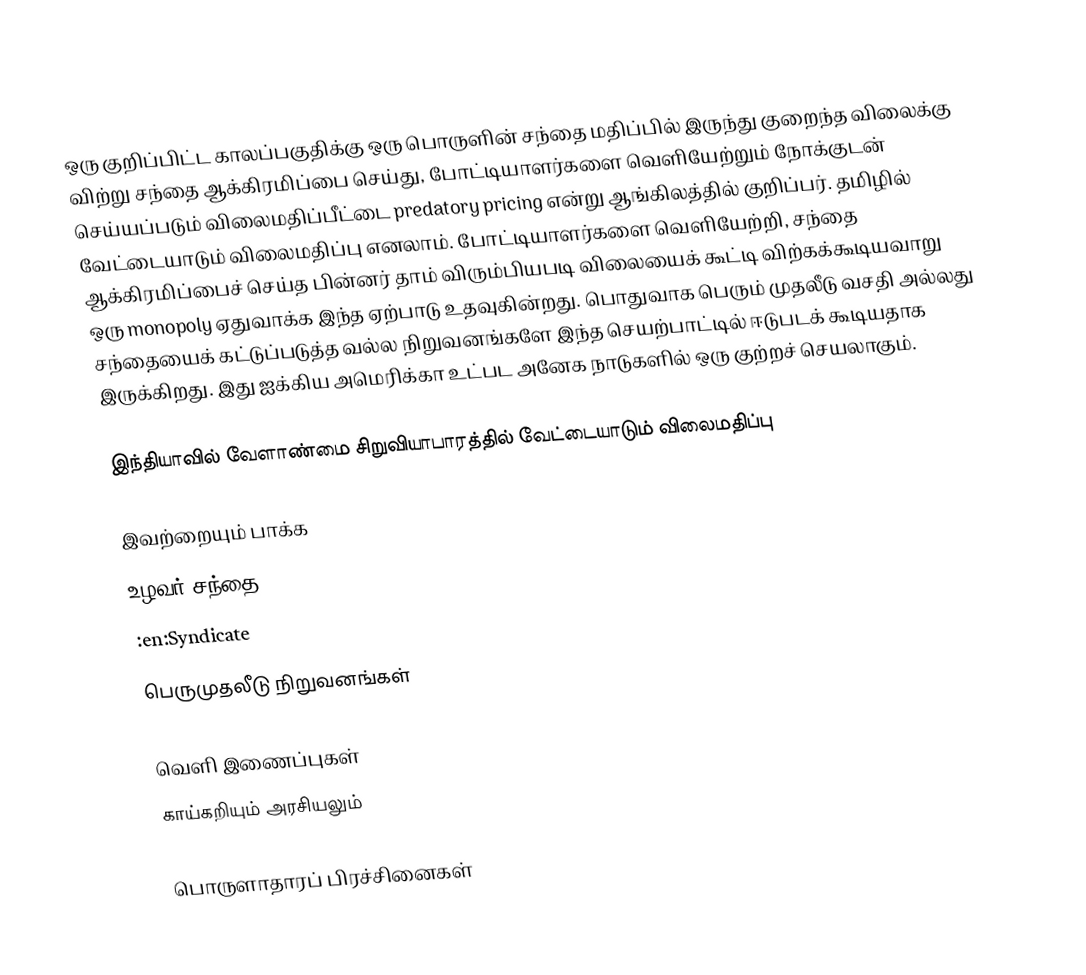
ஒரு குறிப்பிட்ட காலப்பகுதிக்கு ஒரு பொருளின் சந்தை மதிப்பில் இருந்து குறைந்த விலைக்கு விற்று சந்தை ஆக்கிரமிப்பை செய்து, போட்டியாளர்களை வெளியேற்றும் நோக்குடன் செய்யப்படும் விலைமதிப்பீட்டை predatory pricing என்று ஆங்கிலத்தில் குறிப்பர்.  தமிழில் வேட்டையாடும் விலைமதிப்பு எனலாம்.  போட்டியாளர்களை வெளியேற்றி, சந்தை ஆக்கிரமிப்பைச் செய்த பின்னர் தாம் விரும்பியபடி விலையைக் கூட்டி விற்கக்கூடியவாறு ஒரு monopoly ஏதுவாக்க இந்த ஏற்பாடு உதவுகின்றது.  பொதுவாக பெரும் முதலீடு வசதி அல்லது சந்தையைக் கட்டுப்படுத்த வல்ல நிறுவனங்களே இந்த செயற்பாட்டில் ஈடுபடக் கூடியதாக இருக்கிறது.  இது ஐக்கிய அமெரிக்கா உட்பட அனேக நாடுகளில் ஒரு குற்றச் செயலாகும்.

இந்தியாவில் வேளாண்மை சிறுவியாபாரத்தில் வேட்டையாடும் விலைமதிப்பு

இவற்றையும் பாக்க
 உழவர் சந்தை
 :en:Syndicate
 பெருமுதலீடு நிறுவனங்கள்

வெளி இணைப்புகள்
 காய்கறியும் அரசியலும்

பொருளாதாரப் பிரச்சினைகள்